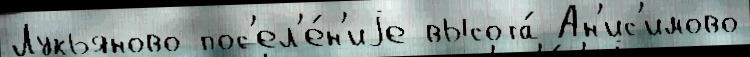
Лукьяново пос'ел'е́н'иjе высота́ Ан'ис'имово